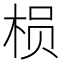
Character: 𱣞